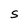
Character: S